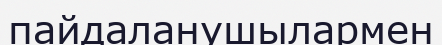
пайдаланушылармен